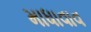
માધાવાવ